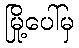
မြို့ပေါ်မှ